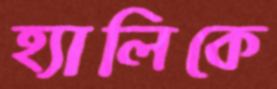
হ্যালিকে